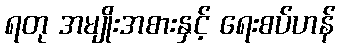
ရတု အမျိုးအစားနှင့် ရေးစပ်ဟန်